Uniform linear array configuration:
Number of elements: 8
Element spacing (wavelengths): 0.5
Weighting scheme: kaiser
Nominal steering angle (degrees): -30
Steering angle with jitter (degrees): -30.018
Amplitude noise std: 0.05
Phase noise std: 0.05

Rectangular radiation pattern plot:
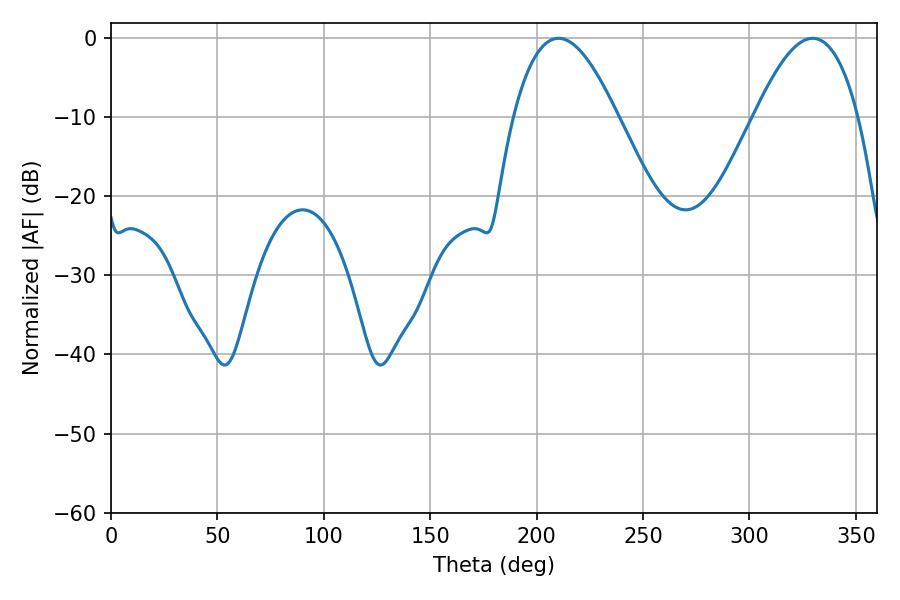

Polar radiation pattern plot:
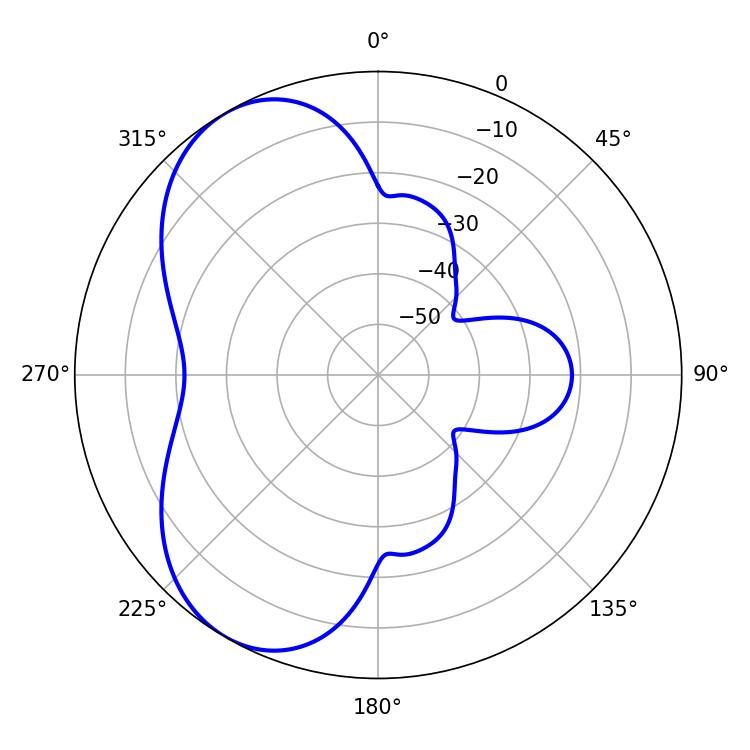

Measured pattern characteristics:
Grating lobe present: FALSE
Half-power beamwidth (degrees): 26.64
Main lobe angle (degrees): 210.24